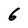
Character: 6